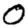
Digit: 0